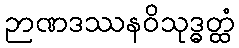
ဉာဏဒဿနဝိသုဒ္ဓတ္ထံ